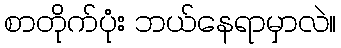
စာတိုက်ပုံး ဘယ်နေရာမှာလဲ။